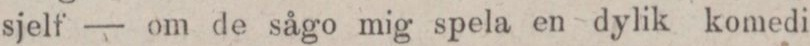
sjelf — om de sågo mig spela en dylik komedi